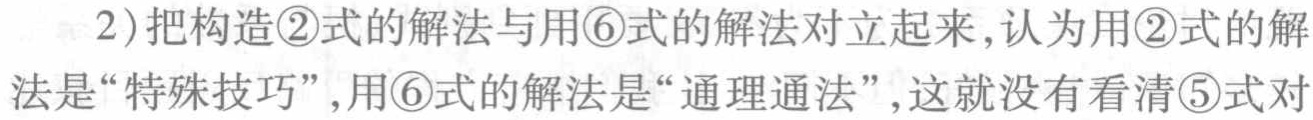
2)把构造\textcircled{2}式的解法与用\textcircled{6}式的解法对立起来,认为用\textcircled{2}式的解

法是“特殊技巧”,用\textcircled{6}式的解法是“通理通法”,这就没有看清\textcircled{5}式对